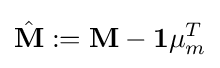
{\hat {\mathbf {M} }}:=\mathbf {M} -\mathbf {1} \mu _{m}^{T}